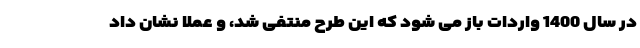
در سال 1400 واردات باز می شود که این طرح منتفی شد، و عملا نشان داد